Annual administration report of the Bombay Presidency - 1887-1892
Year: 1887
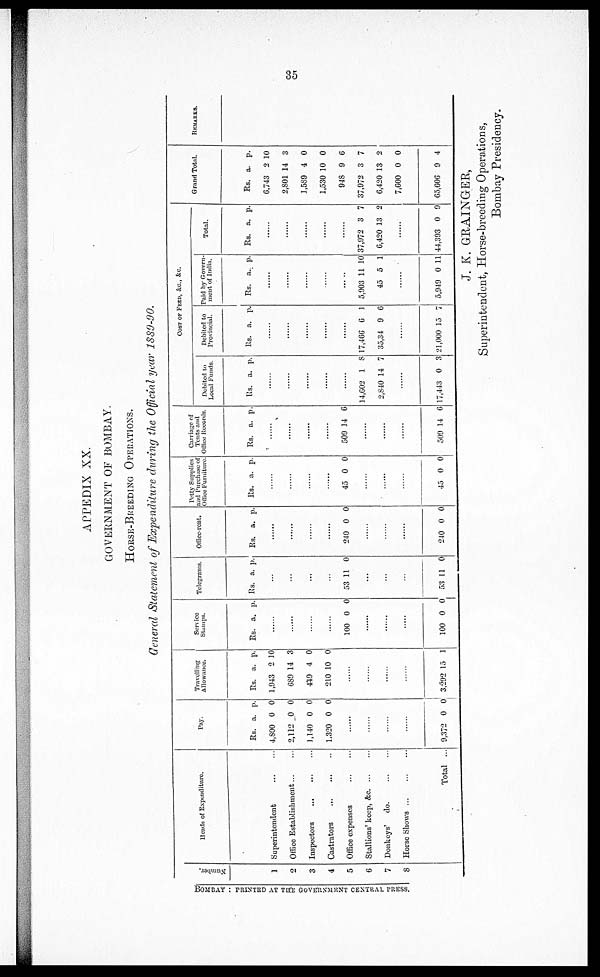
35
APPEDIX XX.
GOVERNMENT OF BOMBAY.
HORSE-BREEDING OPERATIONS.
General Statement of Expenditure during the Official year 1889-90.
Nu mb e r
.
1
2
3
4
5
6
7
8
Heads of Expenditure.
Superintendent
...
...
Office Establishment... ...
Inspectors
...
...
...
Castrators
...
...
...
Office expenses
...
...
Stallions' keep, &c. ... ...
Donkeys' do.
...
...
Horse Shows
...
...
...
Total ...
Pay.
Rs.
4,800
2,112
1,140
1.320
a.
0
0
0
0
p.
0
0
0
0
......
......
......
......
9,372 0 0
Travelling
Allowance.
Rs.
1,943
689
449
210
a.
2
14
4
10
p.
10
3
0
0
......
......
......
......
3,292 15 1
Service
Stamps.
Rs. a. p.
......
......
......
......
100 0 0
......
......
......
100 0 0
Telegrams.
Rs. a. p.
......
......
......
......
53 11 0
......
......
......
53 11 0
Office-rent.
Rs. a. p.
......
......
......
......
240 0 0
......
......
......
240 0 0
Potty Supplies
and Purchase of
Office Furniture.
Rs. a. p.
......
......
......
......
45 0 0
......
......
......
45 0 0
Carriage of
Tents and
Office Records.
Rs. a. p.
......
......
......
......
509 14 6
......
......
......
509 14 6
COST OF FEED, &c., &c.
Debited to
Local Funds.
Rs. a. p.
......
......
......
......
......
14,602
2,840
1
14
8
7
......
17,443 0 3
Debited to
Provincial.
Rs. a. p.
......
......
......
......
......
17,466
35,34
6
9
1
6
......
21,000 15 7
Paid by Govern-
ment of India.
Rs. a. p.
......
......
......
......
......
5,903
45
11
5
10
1
......
5,949 0 11
Total.
Rs. a. p.
......
......
......
......
......
37,972
6,420
3
13
7
2
......
44,393 0 9
Grand Total.
Rs.
6,743
2,801
1,589
1,530
948
37,972
6,420
7,600
65,606
a.
2
14
4
10
9
3
13
0
9
p.
10
3
0
0
6
7
2
0
4
REMARKS.
J. K. GRAINGER,
Superintendent, Horse-breeding Operations,
Bombay Presidency.
BOMBAY: PRINTED AT THE GOVERNMENT CENTRAL PRESS.